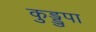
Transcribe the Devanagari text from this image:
कुड्डुपा